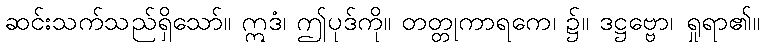
ဆင်းသက်သည်ရှိသော်။ ဣဒံ၊ ဤပုဒ်ကို။ တတ္တုကာရကေ၊ ၌။ ဒဋ္ဌဗ္ဗော၊ ရှုရာ၏။